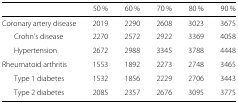
|  | 50 % | 60 % | 70 % | 80 % | 90 % |
 | --- | --- | --- | --- | --- | --- |
 | Coronary artery disease | 2019 | 2290 | 2608 | 3023 | 3675 |
 | Crohn’s disease | 2270 | 2572 | 2922 | 3369 | 4058 |
 | Hypertension | 2672 | 2988 | 3345 | 3788 | 4448 |
 | Rheumatoid arthritis | 1553 | 1892 | 2273 | 2748 | 3465 |
 | Type 1 diabetes | 1532 | 1856 | 2229 | 2706 | 3443 |
 | Type 2 diabetes | 2085 | 2357 | 2676 | 3095 | 3775 |